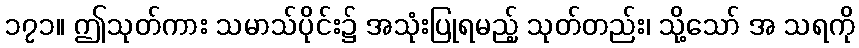
၁၇၁။ ဤသုတ်ကား သမာသ်ပိုင်း၌ အသုံးပြုရမည့် သုတ်တည်း၊ သို့သော် အ သရကို